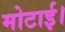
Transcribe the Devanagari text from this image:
मोटाई।